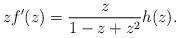
LaTeX: \begin{align*}zf'(z) = \frac{z}{1-z+z^2}h(z).\end{align*}